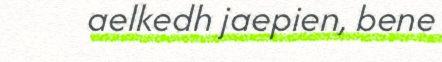
aelkedh jaepien, bene